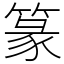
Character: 篆